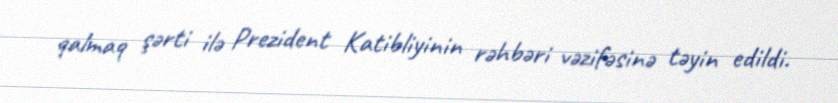
qalmaq şərti ilə Prezident Katibliyinin rəhbəri vəzifəsinə təyin edildi.